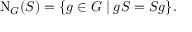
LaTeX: \mathrm { N } _ { G } ( S ) = \{ g \in G \mid g S = S g \} .